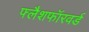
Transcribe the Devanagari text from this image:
फ्लैशफॉरवर्ड